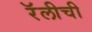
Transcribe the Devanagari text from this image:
रॅलीची